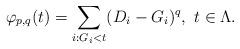
LaTeX: \begin{align*} \varphi_{p,q}(t)=\sum_{i:G_i<t}(D_i-G_i)^q,~t \in \Lambda.\end{align*}